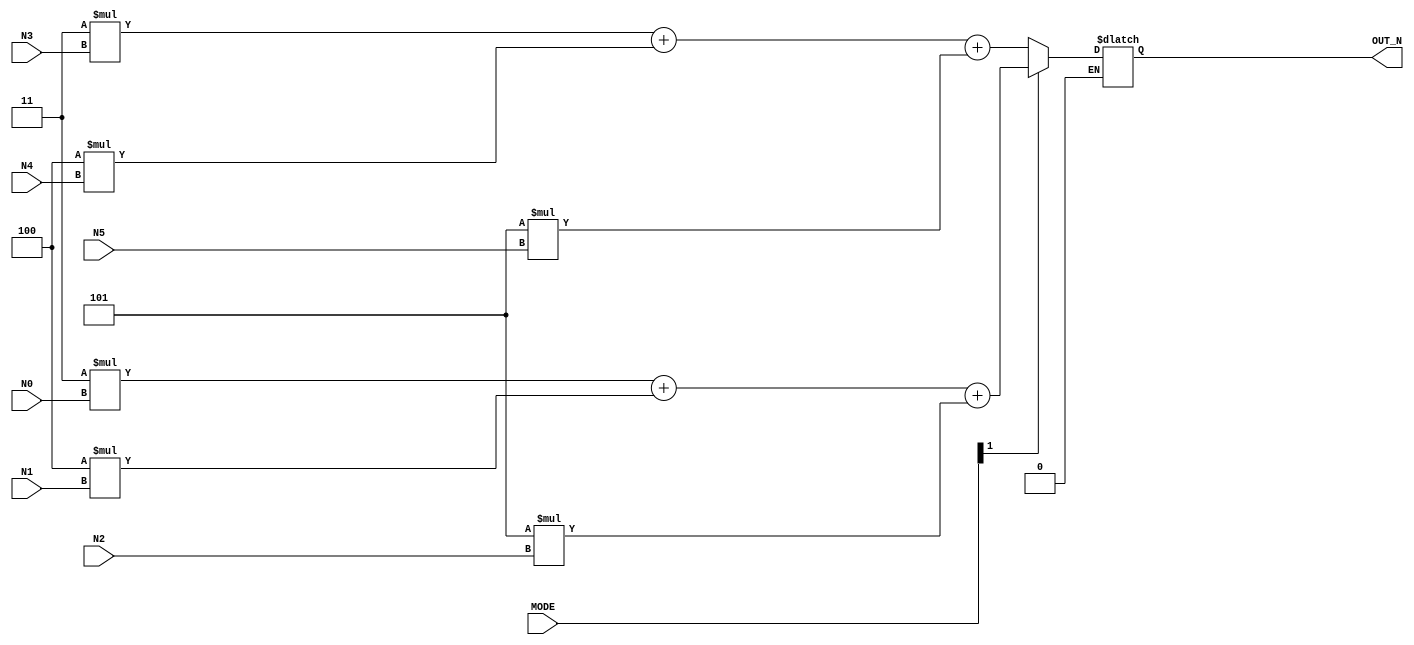
module calculate2(
  // Input signals
  N0, N1, N2, N3, N4, N5, MODE,
  // Output signals
  OUT_N
);

input [1:0] MODE;
input [5:0] N0, N1, N2, N3, N4, N5;
output reg [9:0] OUT_N;

//Currnet 
assign MODE[0] = 1;

always @(*) begin
    if(MODE[1] == 1) begin
        OUT_N = 3 * N0 + 4 * N1 + 5 * N2; //Larger         
    end

    if (MODE[1] == 0) begin
        OUT_N = 3 * N3 + 4 * N4 + 5 * N5; //Smaller 
    end
    
end

endmodule